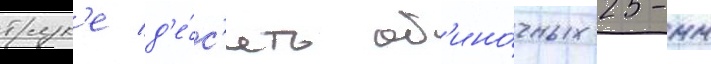
трук'е д'е́с'ять од'ино́чных 25-мм